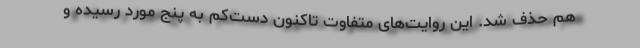
هم حذف شد. این روایت‌های متفاوت تاکنون دست‌کم به پنج مورد رسیده و